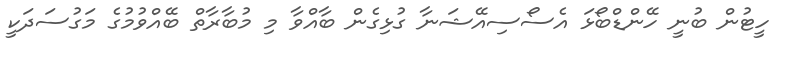
ހީޓުން ބުނީ ހޭންޑްބޯޅަ އެސޯސިއޭޝަނާ ގުޅިގެން ބާއްވާ މި މުބާރާތް ބޭއްވުމުގެ މަގުސަދަކީ